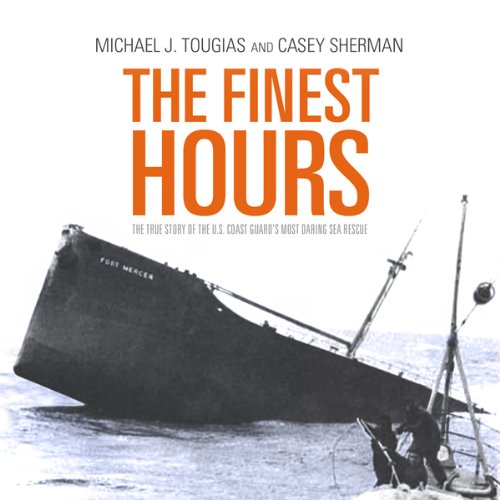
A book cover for The Finest Hours: The True Story of the U.S. Coast Guard's Most Daring Sea Rescue; Michael J. Tougias; Science & Math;